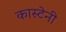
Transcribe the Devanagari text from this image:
कास्टेनी